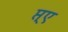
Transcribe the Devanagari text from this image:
प्त्ए